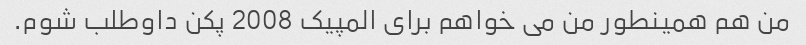
من هم همینطور من می خواهم برای المپیک 2008 پکن داوطلب شوم.